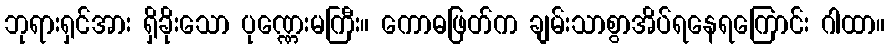
ဘုရားရှင်အား ရှိခိုးသော ပုဏ္ဏေးမကြီး။ ကောဓဖြတ်က ချမ်းသာစွာအိပ်ရနေရကြောင်း ဂါထာ။